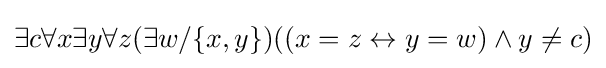
\exists c\forall x\exists y\forall z(\exists w/\{x,y\})((x=z\leftrightarrow y=w)\land y\neq c)